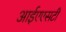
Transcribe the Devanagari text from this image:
आईएएसटी